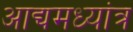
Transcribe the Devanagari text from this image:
आद्यमध्यांत्र